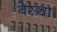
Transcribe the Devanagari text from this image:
वेस्था